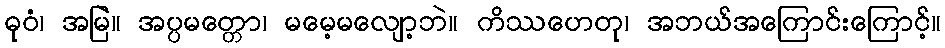
ဓုဝံ၊ အမြဲ။ အပ္ပမတ္တော၊ မမေ့မလျော့ဘဲ။ ကိဿဟေတု၊ အဘယ်အကြောင်းကြောင့်။